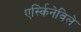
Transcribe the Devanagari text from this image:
एर्स्किनेविले